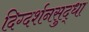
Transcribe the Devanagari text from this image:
दिग्दर्शनसुद्धा